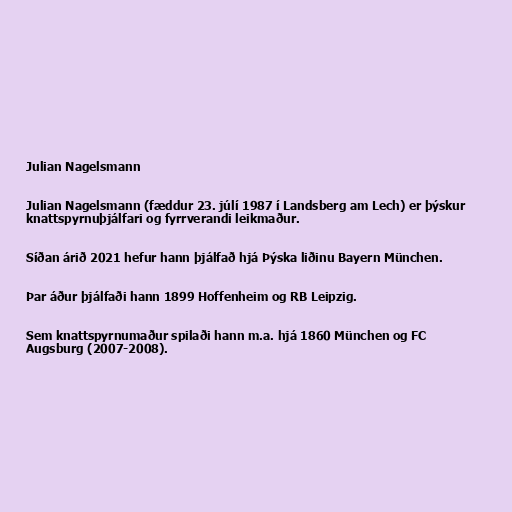
Julian Nagelsmann

Julian Nagelsmann (fæddur 23. júlí 1987 í Landsberg am Lech) er þýskur
knattspyrnuþjálfari og fyrrverandi leikmaður.

Síðan árið 2021 hefur hann þjálfað hjá Þýska liðinu Bayern München.

Þar áður þjálfaði hann 1899 Hoffenheim og RB Leipzig.

Sem knattspyrnumaður spilaði hann m.a. hjá 1860 München og FC
Augsburg (2007-2008).